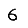
Digit: 6